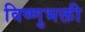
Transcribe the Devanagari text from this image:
विष्णुभक्ती